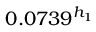
0 . 0 7 3 9 ^ { h _ { 1 } }